Lunatic asylums Punjab 1911-1921 - 1911-1921
Year: 1911
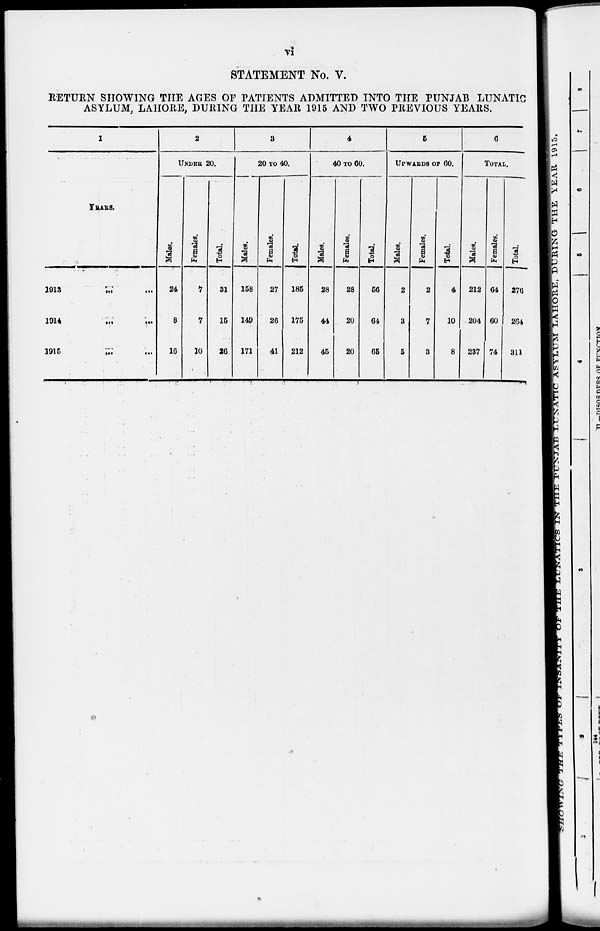
vi
STATEMENT No. V.
RETURN SHOWING THE AGES OF PATIENTS ADMITTED INTO THE PUNJAB LUNATIC
ASYLUM, LAHORE, DURING THE YEAR 1915 AND TWO PREVIOUS YEARS.
1
YEARS.
1913 ... ...
1914
...
...
1915 ... ...
2
UNDER 20.
Males.
24
8
10
Females.
7
7
10
Total.
31
15
20
3
20 TO 40.
Males.
158
149
171
Females.
27
26
41
Total.
185
175
212
4
40 TO 60.
Males.
28
44
45
Females.
28
20
20
Total.
56
64
65
5
UPWARDS OF 60.
Males.
2
3
5
Females.
2
7
3
Total.
4
10
8
6
TOTAL.
Males.
212
204
237
Females.
64
60
74
Total.
276
264
311